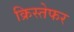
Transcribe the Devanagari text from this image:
क्रिस्तेफर